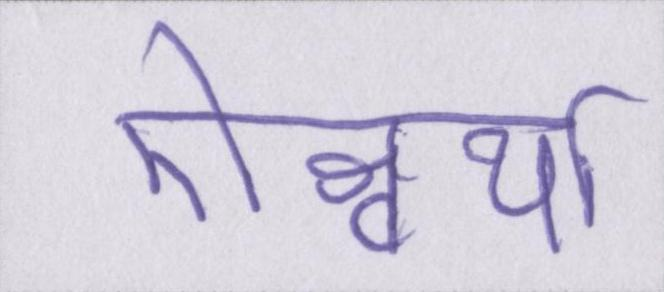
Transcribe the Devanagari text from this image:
ऐश्वर्या